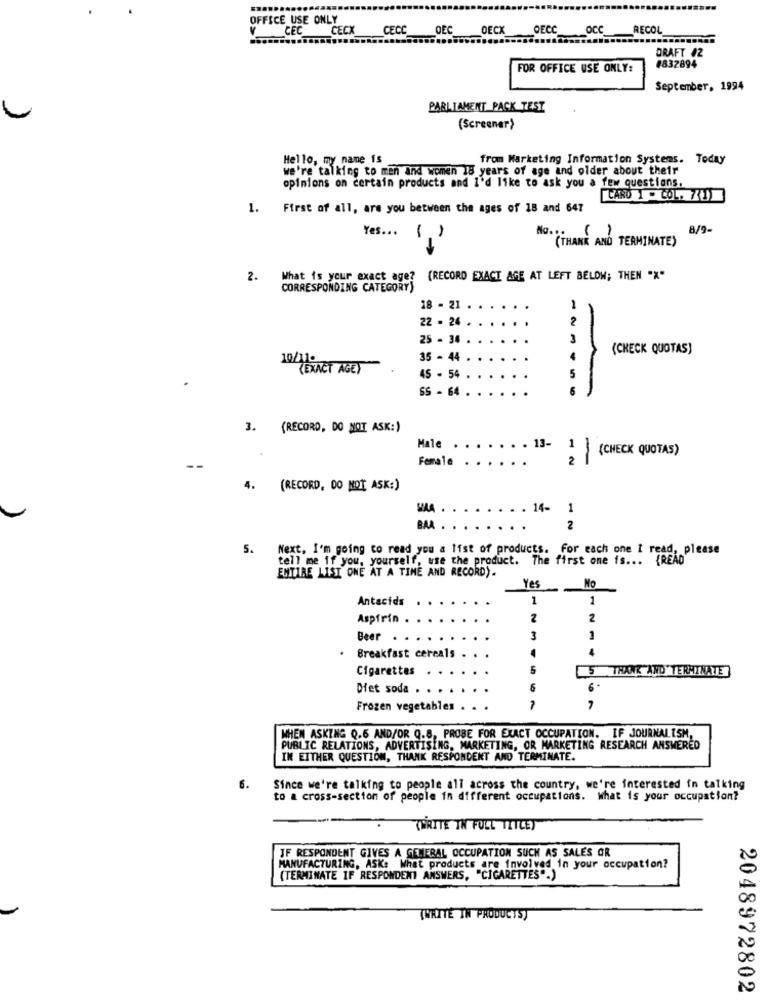
OFFICE USE ONLY
CEC
CECX
CECC
OEC
OECX
OECC
OCC
RECOL
DRAFT #2
FOR OFFICE USE ONLY:
#832894
September, 1994
PARLIAMENT PACK TEST
(Screener)
Hello, my name is
from Marketing Information Systems. Today
we're talking to men and women 18 years of age and older about their
opinions on certain products and I'd like to ask you a few questions.
CARD 1 - COL. 7 1
1. First of all, are you between the ages of 18 and 647
8/9-
Yes ... ( )
NO. (THANK AND TERMINATE)
2. What is your exact age? (RECORD EXACT AGE AT LEFT BELOW; THEN "X"
CORRESPONDING CATEGORY)
18 - 21
-
22 - 24 .
25 - 34
(CHECK QUOTAS)
35 - 44
(EXACT AGE)
5
45 - 54
SS - 64 .
3. (RECORD, DO NOT ASK:)
Male
. 13-
(CHECK QUOTAS)
Female
12
. (RECORD, DO NOT ASK:)
WAA .
14-
1
BAA .
2
5. Next. I'm going to read you a list of products. For each one I read, please
tell me if you, yourself, use the product.
The first one is ... {READ
ENTIRE LIST ONE AT A TIME AND RECORD).
Yes
No
Antacids
1
1
Aspirin
2
2
Beer
3
1
Breakfast cereals
Cigarettes
5 THANK AND TERMINATE
Diet soda
6
6 -
Frozen vegetables
7
WHEN ASKING Q.6 AND/OR Q.8, PROBE FOR EXACT OCCUPATION. IF JOURNALISM,
PUBLIC RELATIONS, ADVERTISING, MARKETING, OR MARKETING RESEARCH ANSWERED
IN EITHER QUESTION, THANK RESPONDENT AND TERMINATE.
6.
Since we're talking to people all across the country, we're interested in talking
to a cross-section of people in different occupations. What is your occupation?
TOWRITE TH FOLL TITCEY
JF RESPONDENT GIVES A GENERAL OCCUPATION SUCH AS SALES OR
MANUFACTURING, ASK: What products are involved in your occupation?
(TERMINATE IF RESPONDENT ANSWERS, "CIGARETTES".)
TWRITE IN PRODUCTSY
2048972802